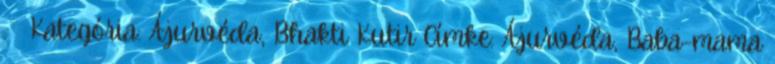
. → Kategória: Ájurvéda, Bhakti Kutir Címke: Ájurvéda, Baba-mama